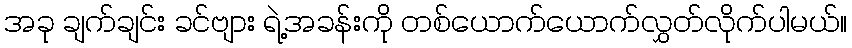
အခု ချက်ချင်း ခင်ဗျား ရဲ့အခန်းကို တစ်ယောက်ယောက်လွှတ်လိုက်ပါမယ်။